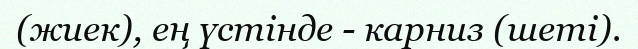
(жиек), ең үстінде - карниз (шеті).